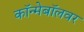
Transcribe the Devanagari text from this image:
कॉन्मेबॉलवर